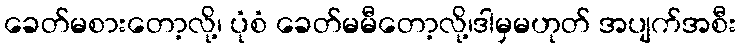
ခေတ်မစားတော့လို့၊ ပုံစံ ခေတ်မမီတော့လို့၊ဒါမှမဟုတ် အပျက်အစီး